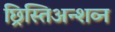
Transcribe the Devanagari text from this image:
छ्रिस्तिअन्शव्न